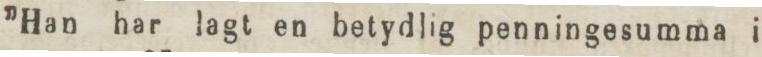
”Han har lagt en betydlig penningesumma i